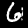
Digit: 6